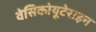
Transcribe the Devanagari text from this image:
वेसिकोयूटेराइन